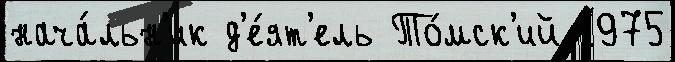
нача́льн'ик д'е́ят'ель То́мск'ий 1975